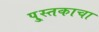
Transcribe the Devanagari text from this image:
पु्स्तकाचा